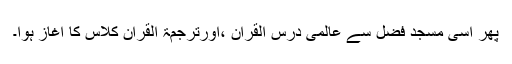
پھر اسی مسجد فضل سے عالمی درس القرآن ،اورترجمۃ القرآن کلاس کا آغاز ہوا۔